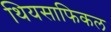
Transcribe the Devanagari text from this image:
थियसाफिकल